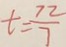
t = \frac { 7 2 } { 7 }